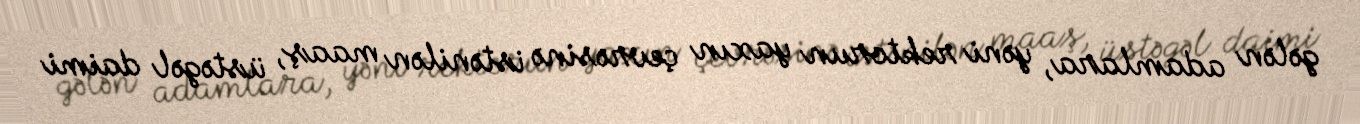
gələn adamlara, yəni rektorun yaxın çevrəsinə istənilən maaş, üstəgəl daimi